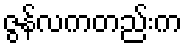
ဇွန်လကတည်းက